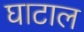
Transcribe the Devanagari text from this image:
घाटाल